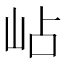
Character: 岾